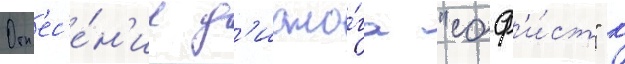
Отн'ес'е́н'ие д'иало́га "соф'и́ст" к